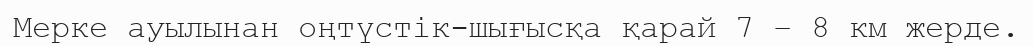
Мерке ауылынан оңтүстік-шығысқа қарай 7 – 8 км жерде.